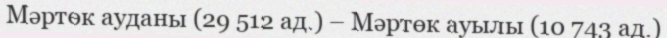
Мәртөк ауданы (29 512 ад.) – Мәртөк ауылы (10 743 ад.)